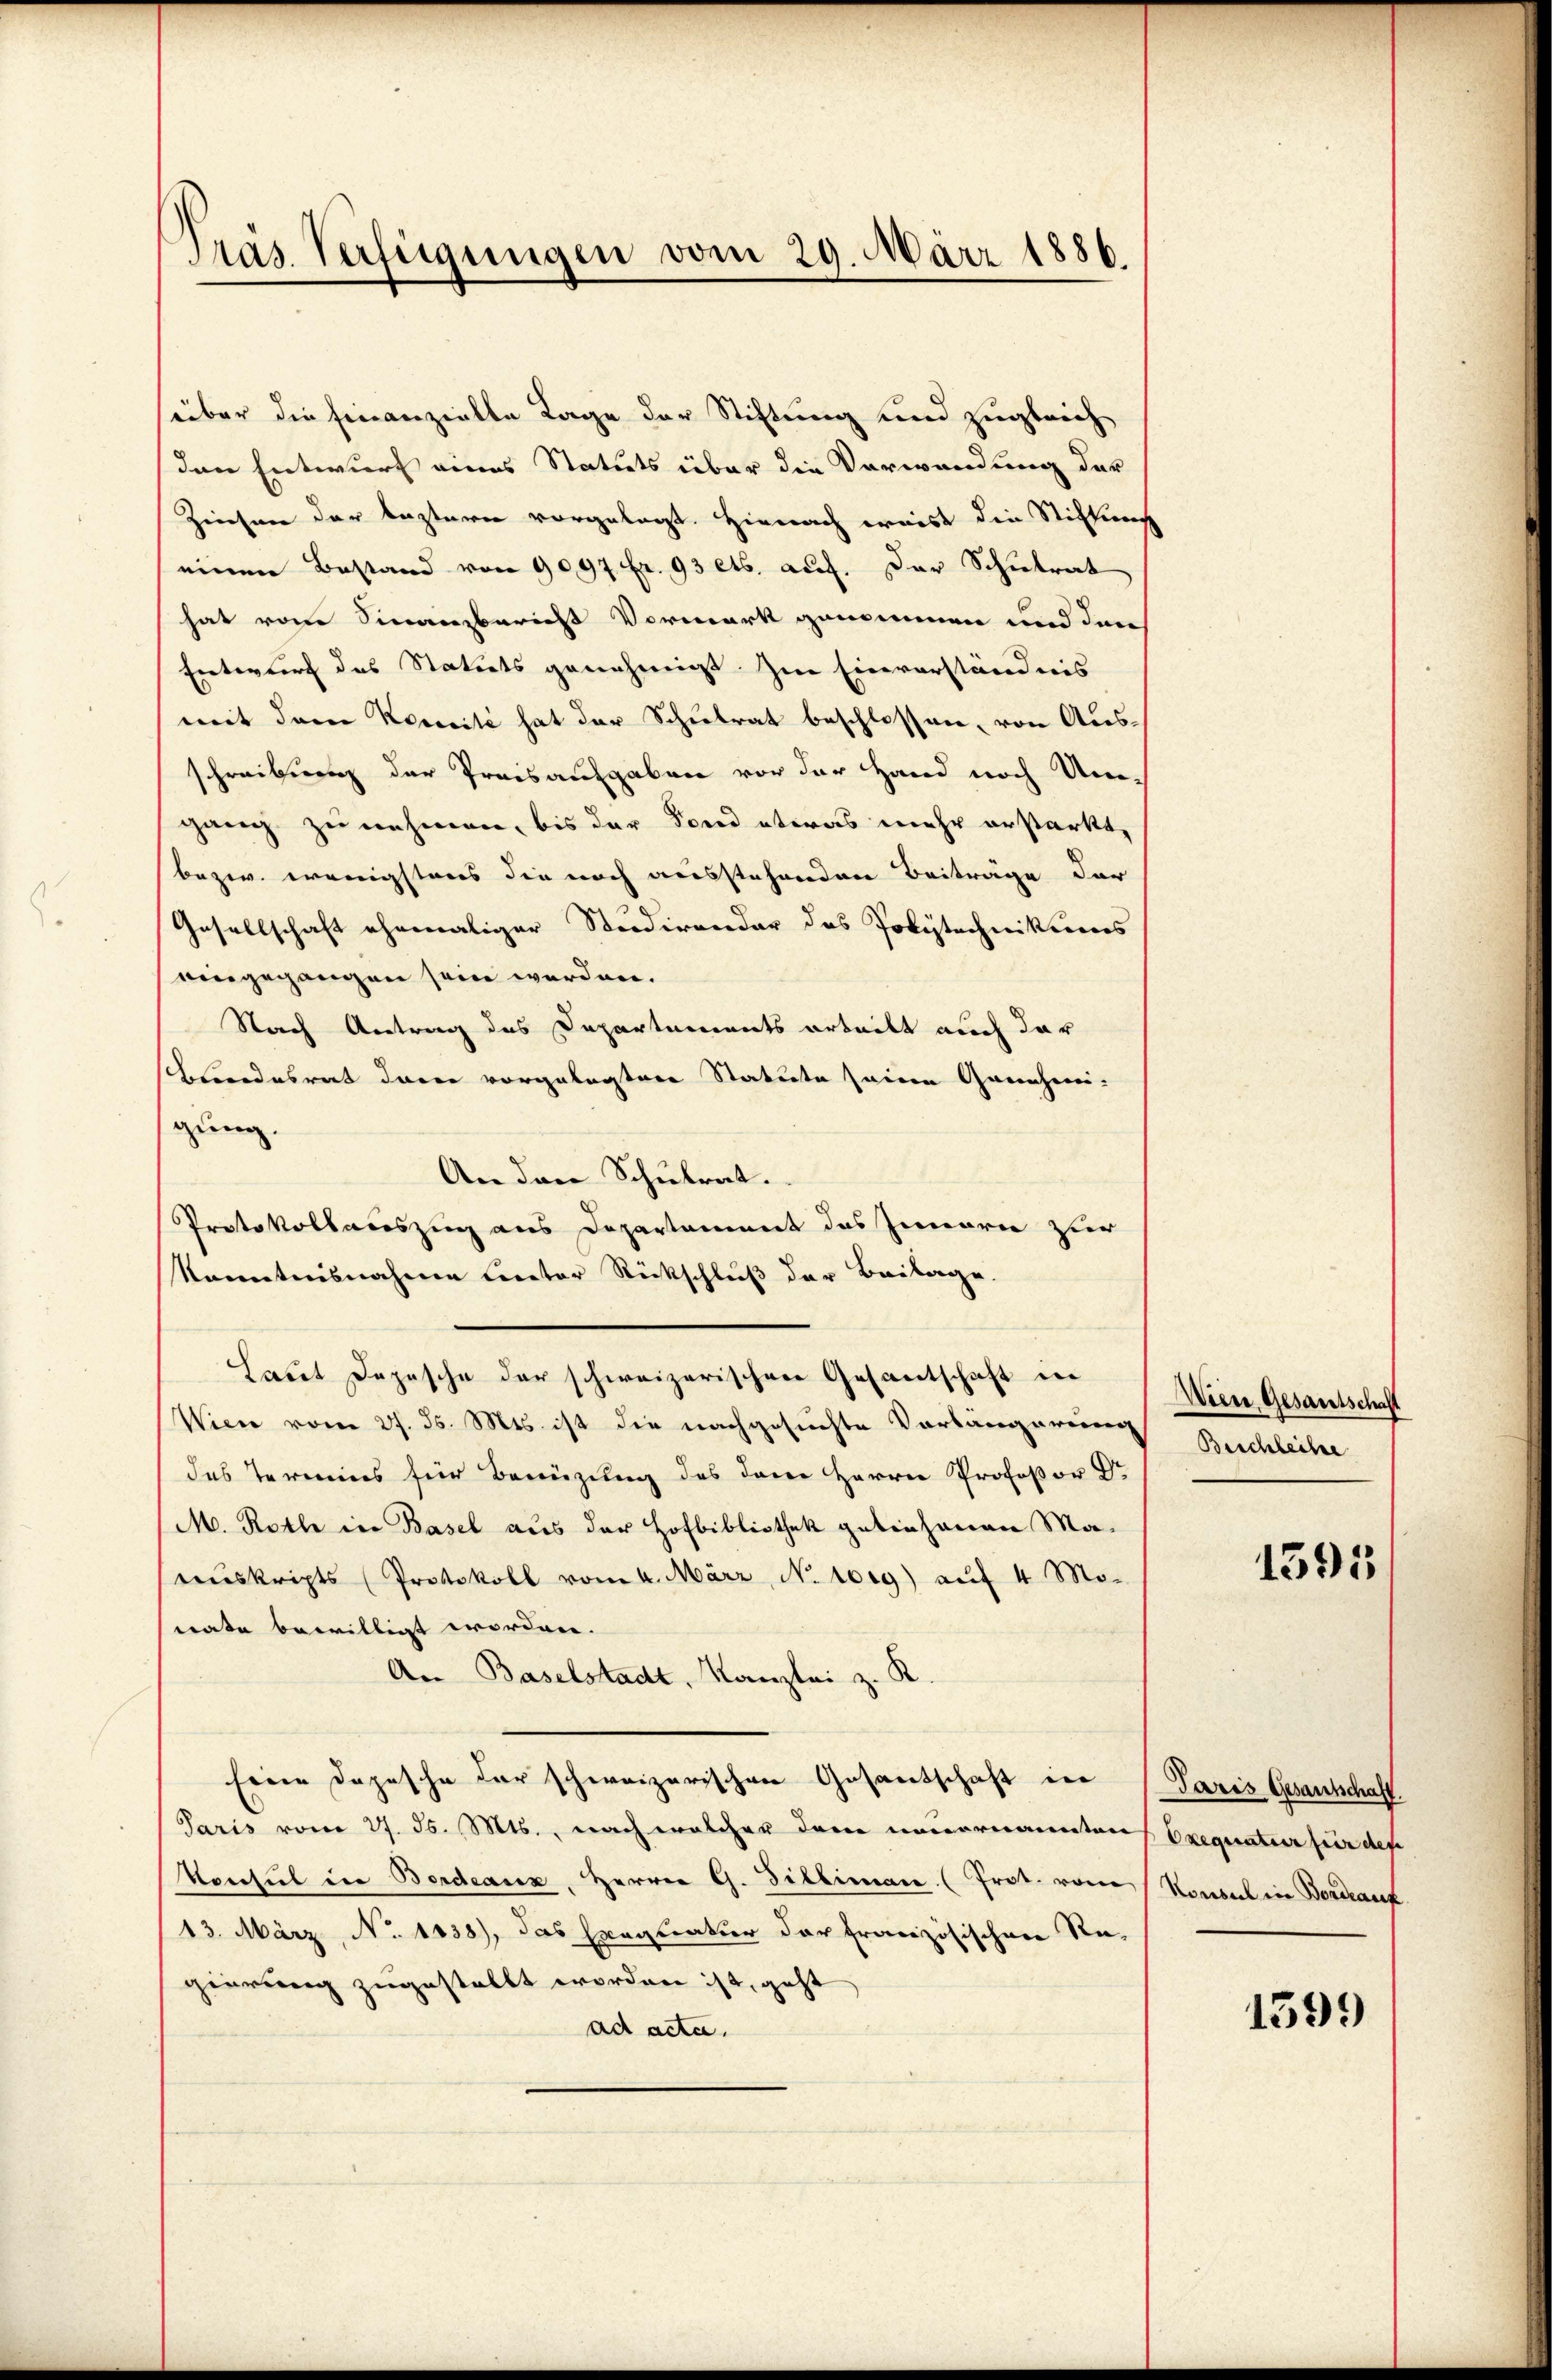
Prás Verfügungen vom 29. März 1886.

süber die Finanzielle Tage der Stiftung und zugleich
den Entwurf eines Statuts über die Verwendung der
Ziechen der leztern vorgelegt. Hienach weist die Stiftung
einen Bestand von 9097 fr. 93 ets. auf. Der Schulrat
hat vom Sinanzbericht Vormerk genommen und den
Entwurf des Statuts genehmigt. Im Einverständnis
mit dem Komité hat der Schulrat beschlossen, von Ausschreibung der Preisaufgaben vor der Hand noch Umgang zu nehmen, bis der Fond etwas mehr erstärkt,
bezw. wenigstens die noch ausstehenden Beiträge der
Gesellschaft ehemaliger Studirender das Polytechnikums
eingegangen sein werden.
Nach Antrag des Departements erteilt auch dar
bundesrat darin vorgelegtere Statute seine Grenzen-
gung.
An den Schulrat.
Protokollauszug aus Departament das Innerie zur
kanntnisnahme Cereter Rückschluß der Beilage.
Laut Depesche der schweizerischen Gesantschaft in
Wien vom 27. ds. Mts. ist die nachgesuchte Vorlängerung
das Termins für Benüzung des dem Herrn Profeßor Dr
M. Roth in Basel aus der Hofbibliothek geliehenen Mareŭskripts (Protokoll vom 4. März, N. toig) auf 4 Monate bewilligt worden.
An Baselstadt, Kanzlei z. R.
Eine Depesche der schweizerischen Gesandschaft der Paris Gesantschaft
Paris vom 27. ds. Mts., nach welcher dem neuernannten Exequatur für dete
Vonsul die Bordeaux, Herren G. Billiman (Prot. von Konsul in Bordrauf.
13. März, No. 1838), das Exequatur der französischen Re-
gierung zugestellt worden ist, geht
ad acta.

Wien Gesantschaft
Beschleihe

1395

1599